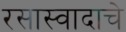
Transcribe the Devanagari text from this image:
रसास्वादाचे